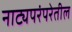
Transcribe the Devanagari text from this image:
नाट्यपरंपरेतील